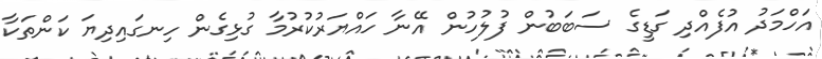
އަހްމަދު އުފެއްދި ގަޑީގެ ސަބަބުން ފުލުހުން އޭނާ ހައްޔަރުކުރުމާ ގުޅިގެން ހިނގައިދިޔަ ކަންތަކާ